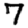
Digit: 7